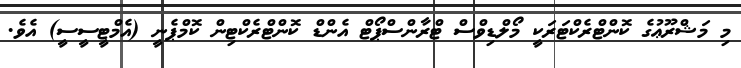
މި މަޝްރޫޢުގެ ކޮންޓްރެކްޓަރަކީ މޯލްޑިވްސް ޓްރާންސްޕޯޓް އެންޑް ކޮންޓްރެކްޓިން ކޮމްޕެނީ (އެމްޓީސީސީ) އެވެ.